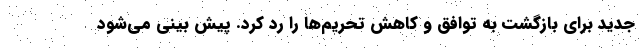
جدید برای بازگشت به توافق و کاهش تحریم‌ها را رد کرد. پیش بینی می‌شود